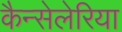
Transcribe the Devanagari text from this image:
कैन्सेलेरिया